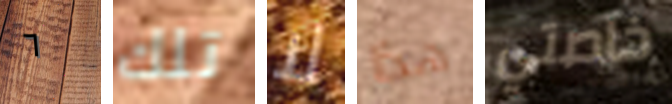
٦ تلك لا هذا خاصتي